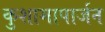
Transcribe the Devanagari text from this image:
कुशामापार्जन